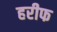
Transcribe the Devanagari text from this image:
हरीफ